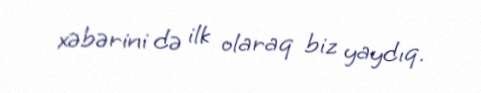
xəbərini də ilk olaraq biz yaydıq.